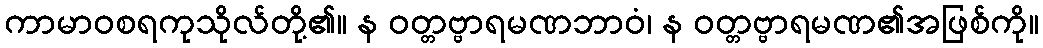
ကာမာဝစရကုသိုလ်တို့၏။ န ဝတ္တဗ္ဗာရမဏဘာဝံ၊ န ဝတ္တဗ္ဗာရမဏ၏အဖြစ်ကို။